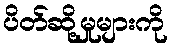
ပိတ်ဆို့မှုများကို